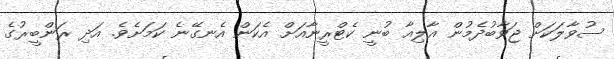
ސުވާލަކަށް ޖަވާބުދެމުން އާލިއާ ބުނީ ކެޓްރީނާއަށް އެކަން އެނގޭނެ ކަމަށެވެ. އަދި ރަންބީރުގެ